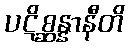
ပဋိစ္ဆန္နာနီတိ